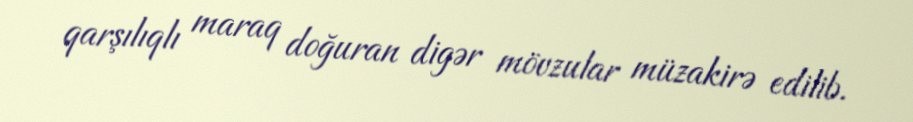
qarşılıqlı maraq doğuran digər mövzular müzakirə edilib.